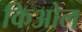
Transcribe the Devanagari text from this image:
किओल